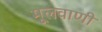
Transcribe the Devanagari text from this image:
मूलवाणी